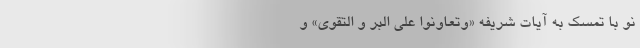
نو با تمسک به آیات شریفه «وَتَعاوَنوا عَلَی البِرِّ وَ التَّقوی» و